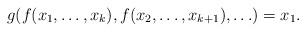
LaTeX: \begin{align*}g(f(x_1,\ldots,x_k),f(x_2,\ldots,x_{k+1}),\ldots)=x_1.\end{align*}